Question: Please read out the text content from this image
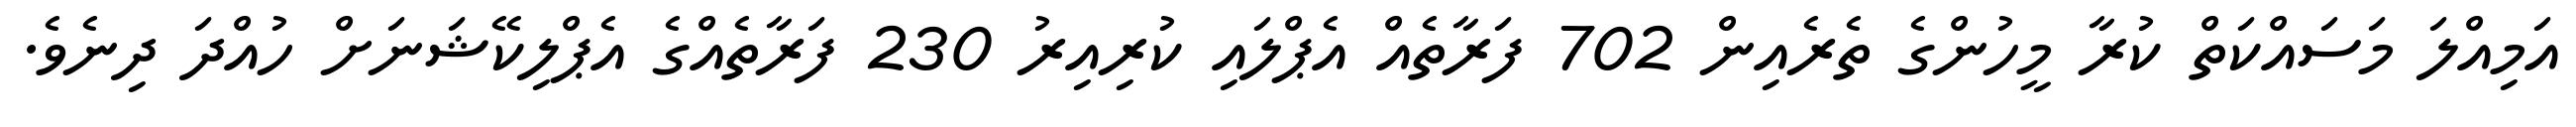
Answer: އަމިއްލަ މަސައްކަތް ކުރާ މީހުންގެ ތެރެއިން 702 ފަރާތެއް އެޕްލައި ކުރިއިރު 230 ފަރާތެއްގެ އެޕްލިކޭޝަނަށް ހުއްދަ ދިނެވެ.